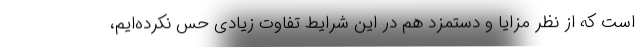
است که از نظر مزایا و دستمزد هم در این شرایط تفاوت زیادی حس نکرده‌ایم،